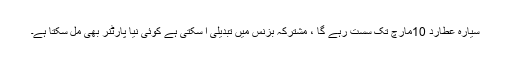
سیارہ عطارد 10مارچ تک سست رہے گا ، مشترکہ بزنس میں تبدیلی آ سکتی ہے کوئی نیا پارٹنر بھی مل سکتا ہے۔